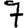
Digit: 7